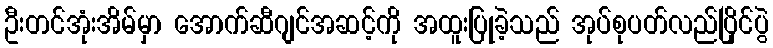
ဦးတင်အုံးအိမ်မှာ အောက်ဆီဂျင်အဆင့်ကို အထူးပြုခဲ့သည် အုပ်စုပတ်လည်ပြိုင်ပွဲ